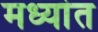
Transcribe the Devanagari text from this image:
मध्यांत